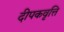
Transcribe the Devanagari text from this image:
दीपकवृत्ति